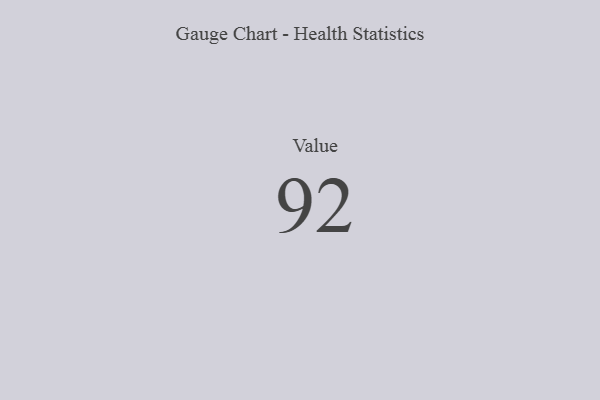
{"axis": {"x": "Metric", "y": "Value"}, "legend": [""], "data": [{"x": "Value", "y": 92, "type": ""}]}